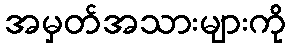
အမှတ်အသားများကို